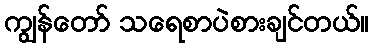
ကျွန်တော် သရေစာပဲစားချင်တယ်။